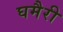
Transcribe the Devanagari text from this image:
घमैरी